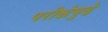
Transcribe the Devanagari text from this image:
परीक्षेपुढे